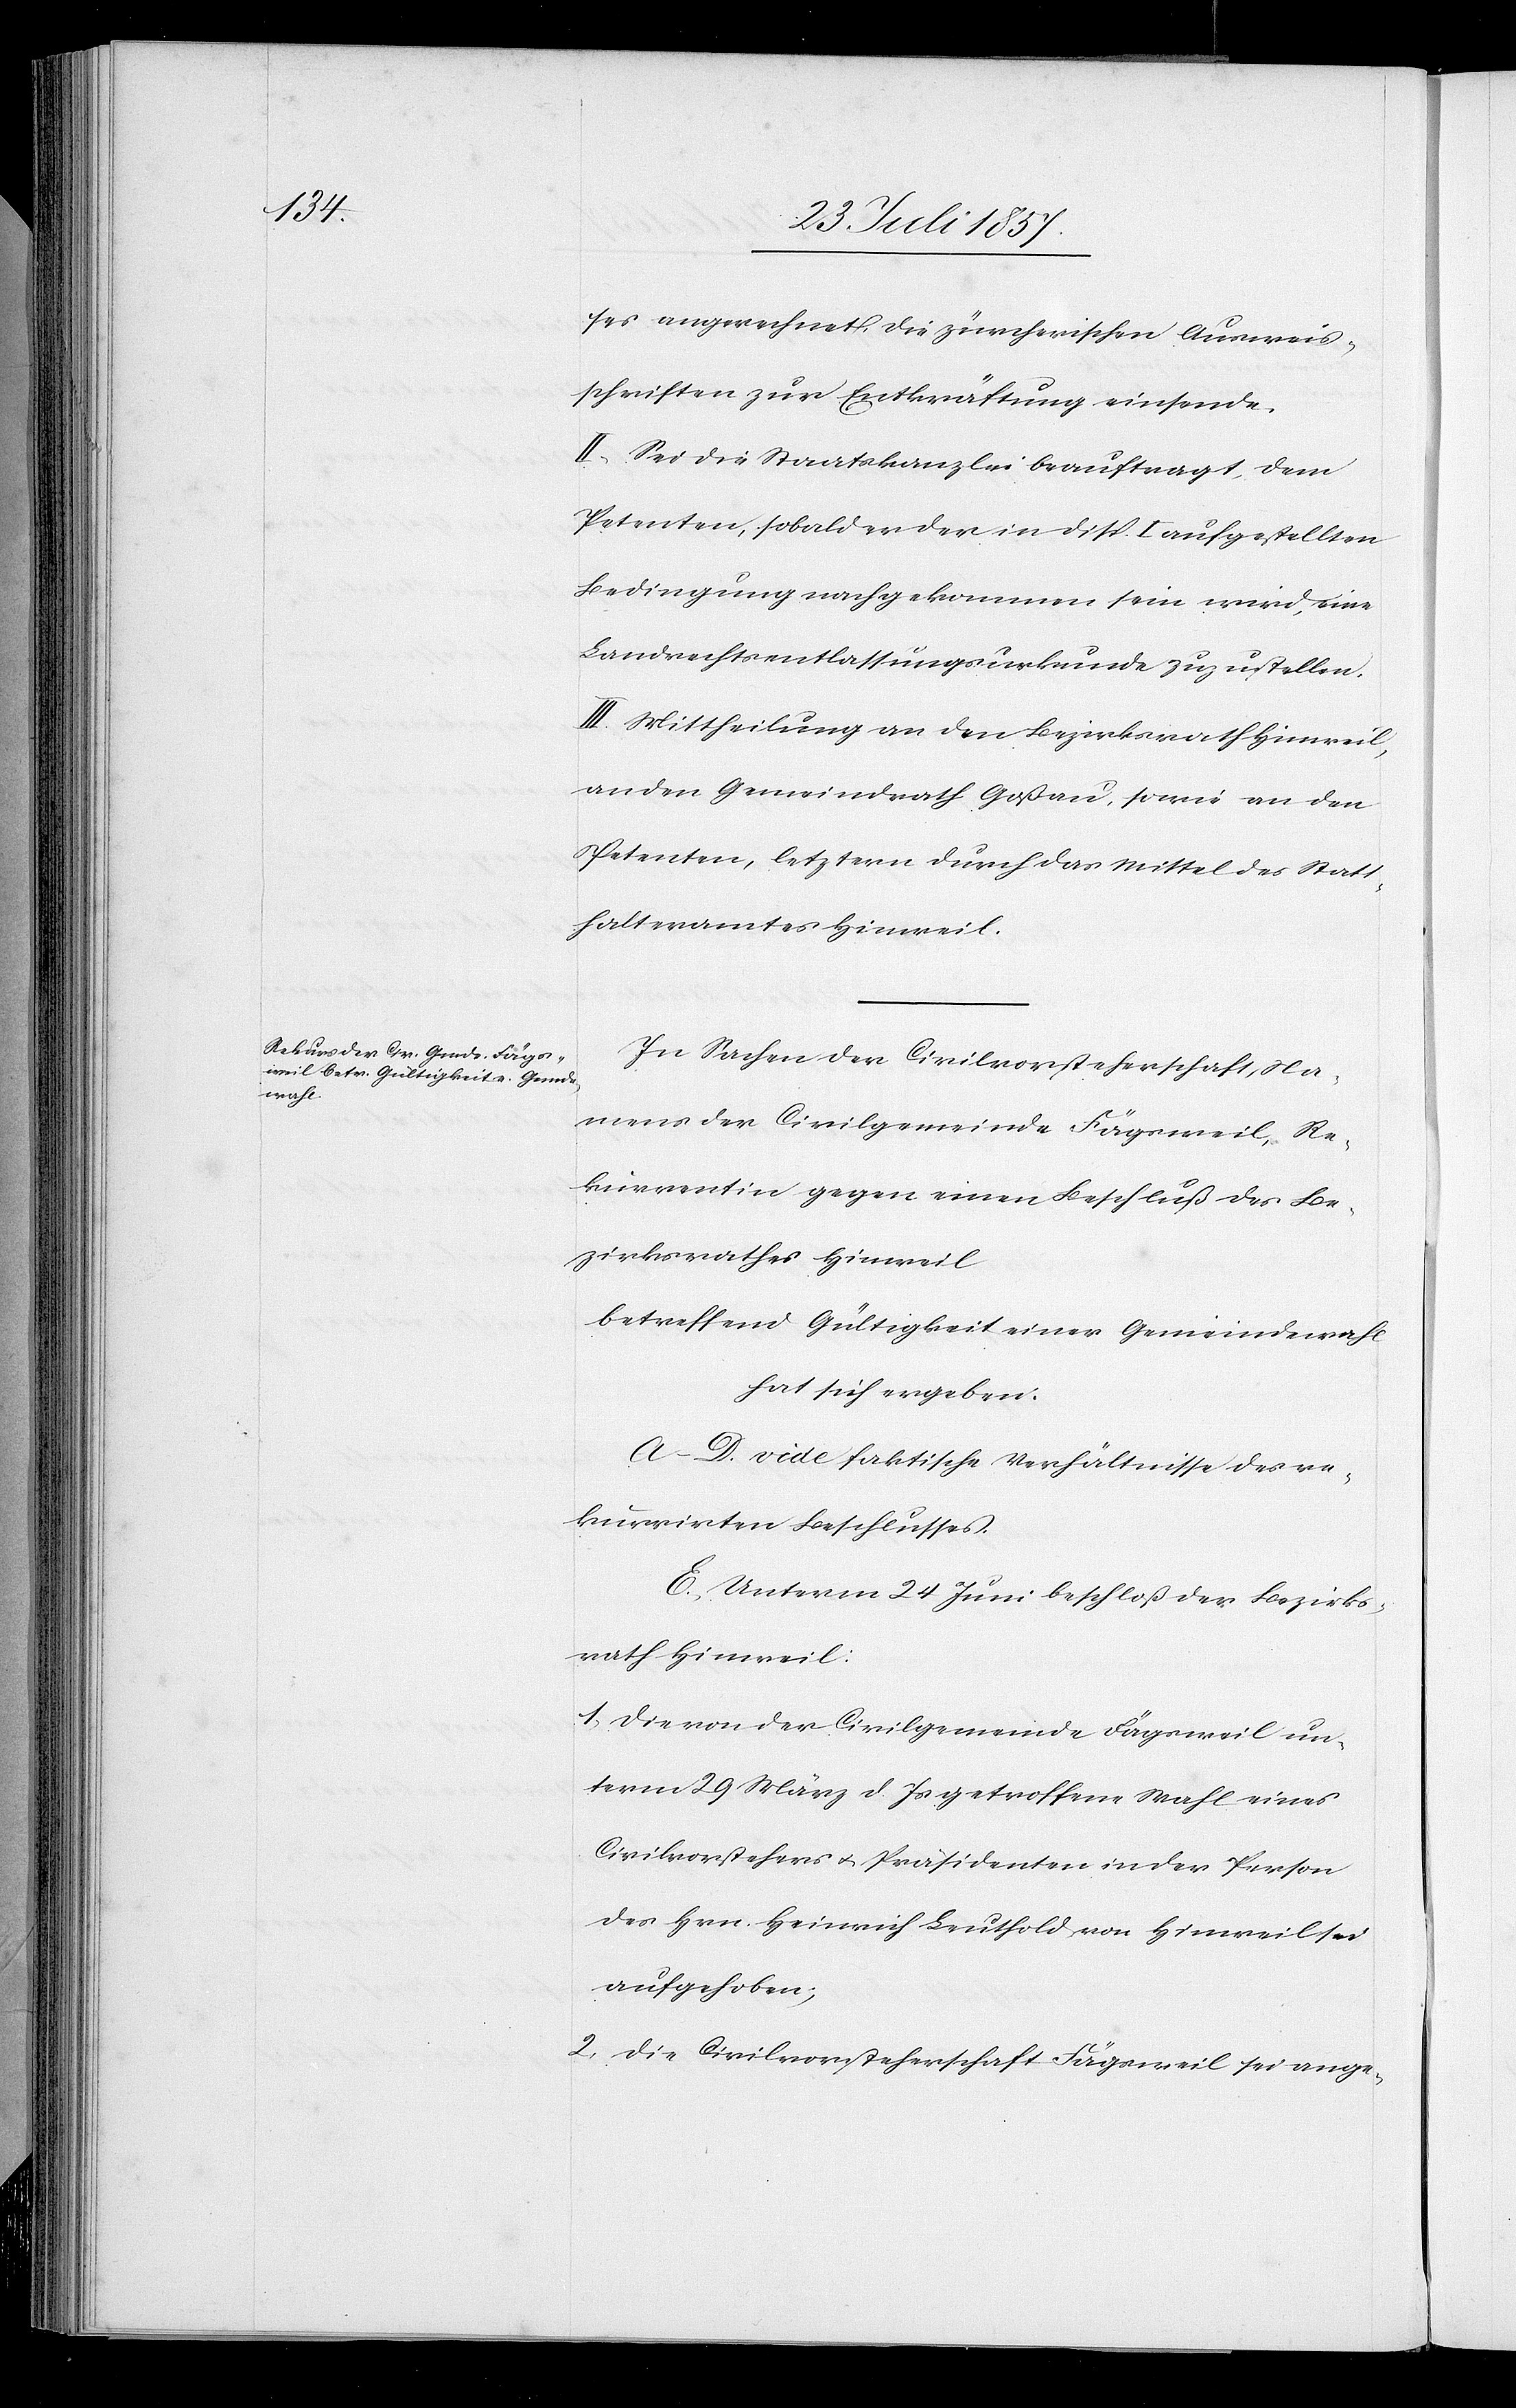
ses angerechnet die zürcherischen Ausweis¬
schriften zur Entkräftung einsende.
II. Sei die Staatskanzlei beauftragt, dem
Petenten, sobald er der in Disp. I aufgestellten
Bedingung nachgekommen sein wird, eine
Landrechtsentlassungsurkunde zuzustellen.
III. Mittheilung an den Bezirksrath Hinweil,
an den Gemeindrath Goßau, sowie an den
Petenten, letztern durch das Mittel des Statt¬
halteramtes Hinweil.
In Sachen der Civilvorsteherschaft, Na¬
mens der Civilgemeinde Fägsweil, Re¬
kurrentin gegen einen Beschluß des Be¬
zirksrathes Hinweil
betreffend Gültigkeit einer Gemeindewahl
hat sich ergeben:
A–D. vide faktische Verhältnisse des re¬
kurrirten Beschlusses.
E. Unterm 24 Juni beschloß der Bezirks¬
rath Hinweil:
1. die von der Civilgemeinde Fägsweil un¬
term 29 März d. Js. getroffene Wahl eines
Civilvorstehers & Präsidenten in der Person
des Hrn. Heinrich Leuthold von Hinweil sei
aufgehoben;
2. die Civilvorsteherschaft Fägsweil sei ange-